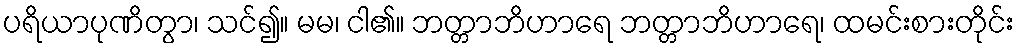
ပရိယာပုဏိတွာ၊ သင်၍။ မမ၊ ငါ၏။ ဘတ္တာဘိဟာရေ ဘတ္တာဘိဟာရေ၊ ထမင်းစားတိုင်း